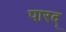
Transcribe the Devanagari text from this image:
पारद्